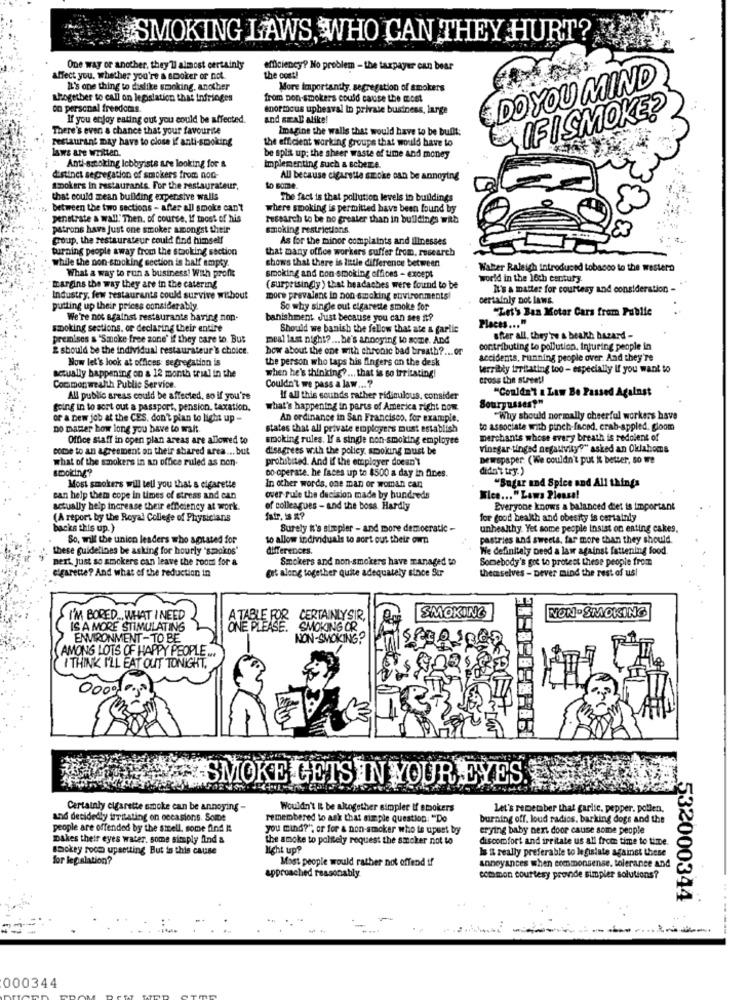
SMOKING LAWS, WHO CAN THEY HURT?
One way or another, they'll almost certainly
efficiency? No problem - the taxpayer can bear
affect you. whether you're a smoker or not
the cost!
DO YOU MIND
It's one thing to dislike smoking, another
More Importantly. segregation of smokers
Utogether to call on legislation that Infringes
from non-smokers could cause the most
on personal freedomis.
enormous upheaval in private business, large
If you enjoy eating out you could be affected.
and scal alike!
IF I SMOKE?
There's even a chance that your favourite
Imagine the walls that would have to be built:
restaurant may have to close if anti-smoking
the efficient working groups that would have to
aws are written.
Anti-smoking Icbbyists are looking for &
be split up: the sheer waste of time and money
implementing such a schere.
distinct segregation of smokers from nod
All because cigarette smoke can be annoying
Spokers in restaurants. For the restaurateur,
Lo some.
that could mean building expensive walls
The fact is that pollution levels in buildings
between the two sections - after all smoke can't
where smoking is permitted have been found by
penetrate a wall" Then, of course, If toost of his
research to be no greater than in buildings with
patrons have just one smoker amongst their
smoking restrictions
group. the restaurateur could find himself
As for the minor complaints and Illnesses
turning people away from the stooking section
that many office workers suffer from, research
while the non-smoking section is half empty.
shows that there is little difference between
What a way to run & business! With profit
Waber Raleigh introduced t
acco to the western
smoking and con smoking offices - except
world in the 16th century.
"margins the way they are in the catering
(surprisingly ) that headaches were found to be
It's a matter for courtesy and consideration -
Industry, few restaurants could survive without
more prevalent in non smoking environments!
certainly not laws.
putting up their prices considerably.
So why single out cigarette smoke for
"Let's Ban Motor Cars from Public
We're not against restaurants having non-
banishment. Just because you can see it?
smoking sections, or declaring their entire
Should we banish the fellow that ate & garlic
Places ... "
premises & "Smoke free zone' if they care to. But
beal last night ?... be's annoying to some. And
after all, they're & beakth hazard -
& should be the Individual restaurateur's choice.
how about the one with chronic bad breath ?... or
contributing to pollution, Injuring people in
Now let's look at offices: segregation is
the person who taps his fingers on the desk
accidents, running people over. And they're
when he's thinking ?... that is so irritating!
terribly irritating too - especially if you want to
actually happening on a 12 month trial in the
cross the street!
Commonwealth Public Service.
Couldn't we pass a law ...?
"Couldn't a Law Be Passed Against
All public areas could be affected, so if you're
If all this sounds rather ridiculous, consider
going in to sort out a passport, pension. taxation.
what's happening in parts of America right now.
Sourpusses?"
of a new job at the CES, don't plan to light up-
An ordinance in San Francisco, for example.
"Why should normally cheerful workers have
no matter how long you have to wait.
states that all private employers must establish
to associate with pinch-faced. crab-appled, gloom
Office staff in open plan areas are allowed to
smoking rules. If a single non-smoking employee
merchants whose every breath is redolent of
come to an agreement on their shared area ... but
disagrees with the policy, smoking must be
vinegar tinged negativity?" asked an Oklahoma
what of the smokers in an office ruled as pon
prohibited. And If the employer doesn't
Dewspsper ( We couldn't put it better, so we
smoking?
co-operate. he faces up to $500 a day in fines.
didn't try.)
In other words, one man or woman can
Most smokers will tell you that a cigarette
"Sugar and Spice and All things
can help them cope in times of stress and can
over Pule the decision made by hundreds
Wice ... "Laws Please!
actually help increase their efficiency at work.
of colleagues - and the boss Hardly
Everyone knows a balanced diet is important
(A report by the Royal College of Physicians
fair. S R?
for good health and obesity is certainly
acks this up.)
Surely it's simpler - and more democratic -
unhealthy. Yet some people insist on eating cakes.
So, will the union leaders who agrated for
to allow individuals to sort out their own
pastries and sweets, far more than they should.
these guidelines be asking for hourly 's52okos"
differences.
We definitely Deed a law against fattening food
next. just so stickers can leave the room for a
Smokers and non-smokers have managed to
Somebody's gre to protect these people from
cigarette? And what of the reduction in
get along together quite adequately since Sir
themselves - Dever mind the rest of us!
NON-SMOKING
I'M BORED ... WHAT I NEED
CERTAINLYSIR,
SMOKING
IS A MORE STIMULATING
SMOKING OR
ENVIRONMENT-TO BE
NON-SMOKING?
AMONG LOTS OF HAPPY PEOPLE ..
I THINK I'LL EAT OUT TONIGHT.
33.04
SMOKE GETS IN YOUR EYES
Certainly cigarette smoke can be annoying -
Wouldn't & be altogether simpler If empokers
Let's remember that garlic, pepper. pollen.
and decidedly irritating on occasions. Some
remembered to ask that simple question: "Do
burning off. loud radics, barking dogs and the
people are offended by the smell, some find It
you mind?", or for & non-smoker who is upset by
erying baby next door cause some people
DAkes their eyes water. some simply find &
the smoke to politely request the smoker not to
discomfort and irritate us all from time to time
smokey room upsetting But in this cause
light up?
Is & really preferable to legislate against these
for legislation?
Most people would rather not offend if
annoyances when commonsense. tolerance and
approached reasonably
common courtesy provide simpler solutions?
532000344
------
000344